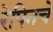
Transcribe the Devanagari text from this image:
रेपिनचे